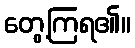
တွေ့ကြရ၏။